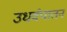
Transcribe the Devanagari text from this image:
उधर्वपातन